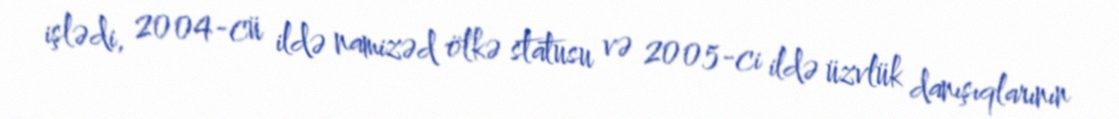
işlədi, 2004-cü ildə namizəd ölkə statusu və 2005-ci ildə üzvlük danışıqlarının